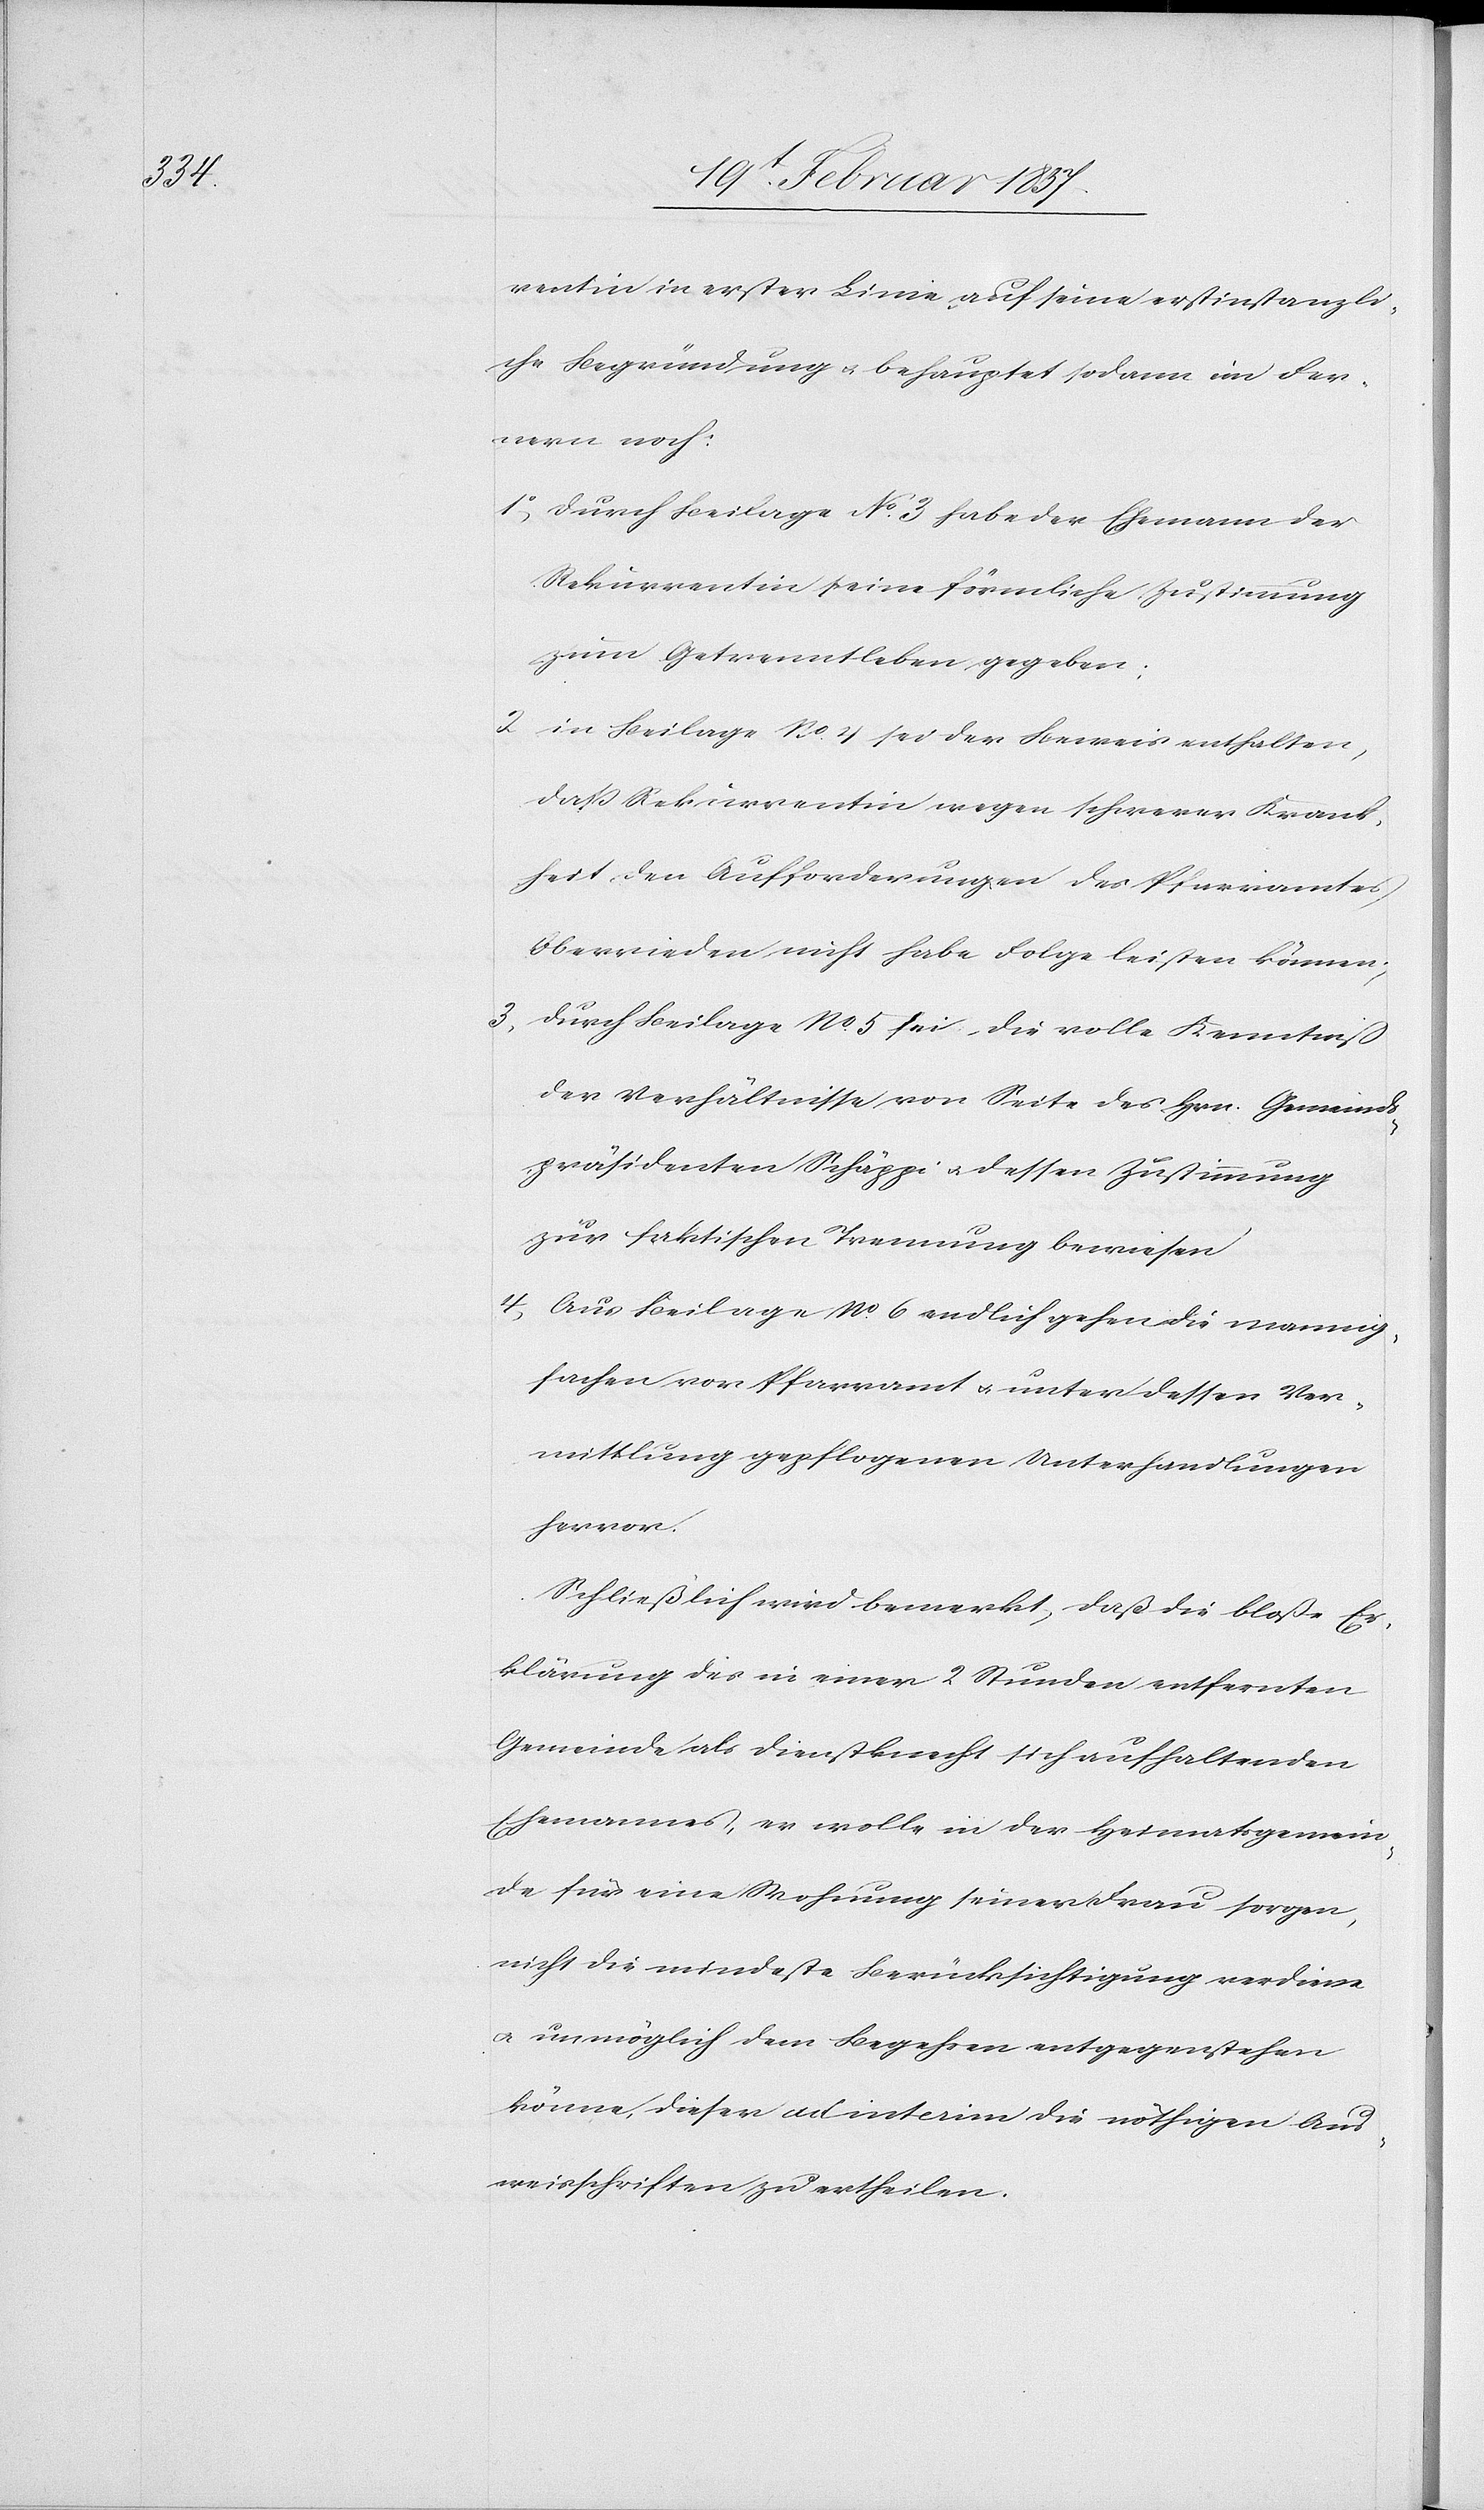
als

rentin in erster Linie auf seine erstinstanzli¬
che Begründung u. behauptet sodann im Fer¬
nern noch:
1o durch Beilage No 3 habe der Ehemann der
Rekurrentin seine förmliche Zustimmung
zum Getrenntleben gegeben;
2 in Beilage No 4 sei der Beweis enthalten,
daß Rekurrentin wegen schwerer Krank¬
heit den Aufforderungen des Pfarramtes
Oberrieden nicht habe Folge leisten können;
3. durch Beilage No 5 sei die volle Kenntniß
der Verhältnisse von Seite des Hrn. Gemeinds¬
präsidenten Schäppi u. dessen Zustimmung
zur faktischen Trennung bewiesen.
4. Aus Beilage No 6 endlich gehen die mannig¬
fachen vor Pfarramt u. unter dessen Ver¬
mittlung gepflogenen Unterhandlungen
hervor.
Schließlich wird bemerkt, daß die bloße Er¬
klärung des in einer 2 Stunden entfernten
Ehemannes, er wolle in der Heimatsgemein¬
de für eine Wohnung seiner Frau sorgen,
nicht die mindeste Berücksichtigung verdiene
u. unmöglich dem Begehren entgegenstehen
könne, dieser ad interim die nöthigen Aus¬
weisschriften zu ertheilen.